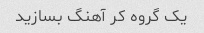
یک گروه کر آهنگ بسازید